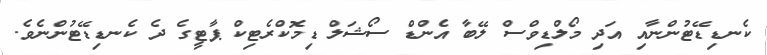
ކެނޑިޑޭޓުންނާއި އަދި މޯލްޑިވްސް ލޭބާ އެންޑް ސޯޝަލް ޑިމޮކްރެޓިކް ޕާޓީގެ ދެ ކެނޑިޑޭޓުންނެވެ.